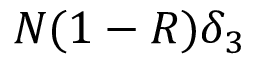
N ( 1 - R ) \delta _ { 3 }